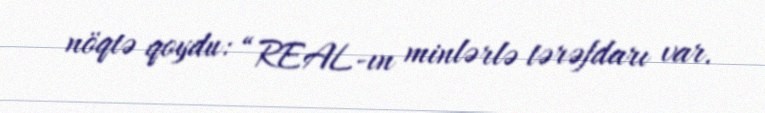
nöqtə qoydu: “REAL-ın minlərlə tərəfdarı var.